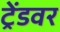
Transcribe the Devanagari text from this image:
ट्रेंडवर